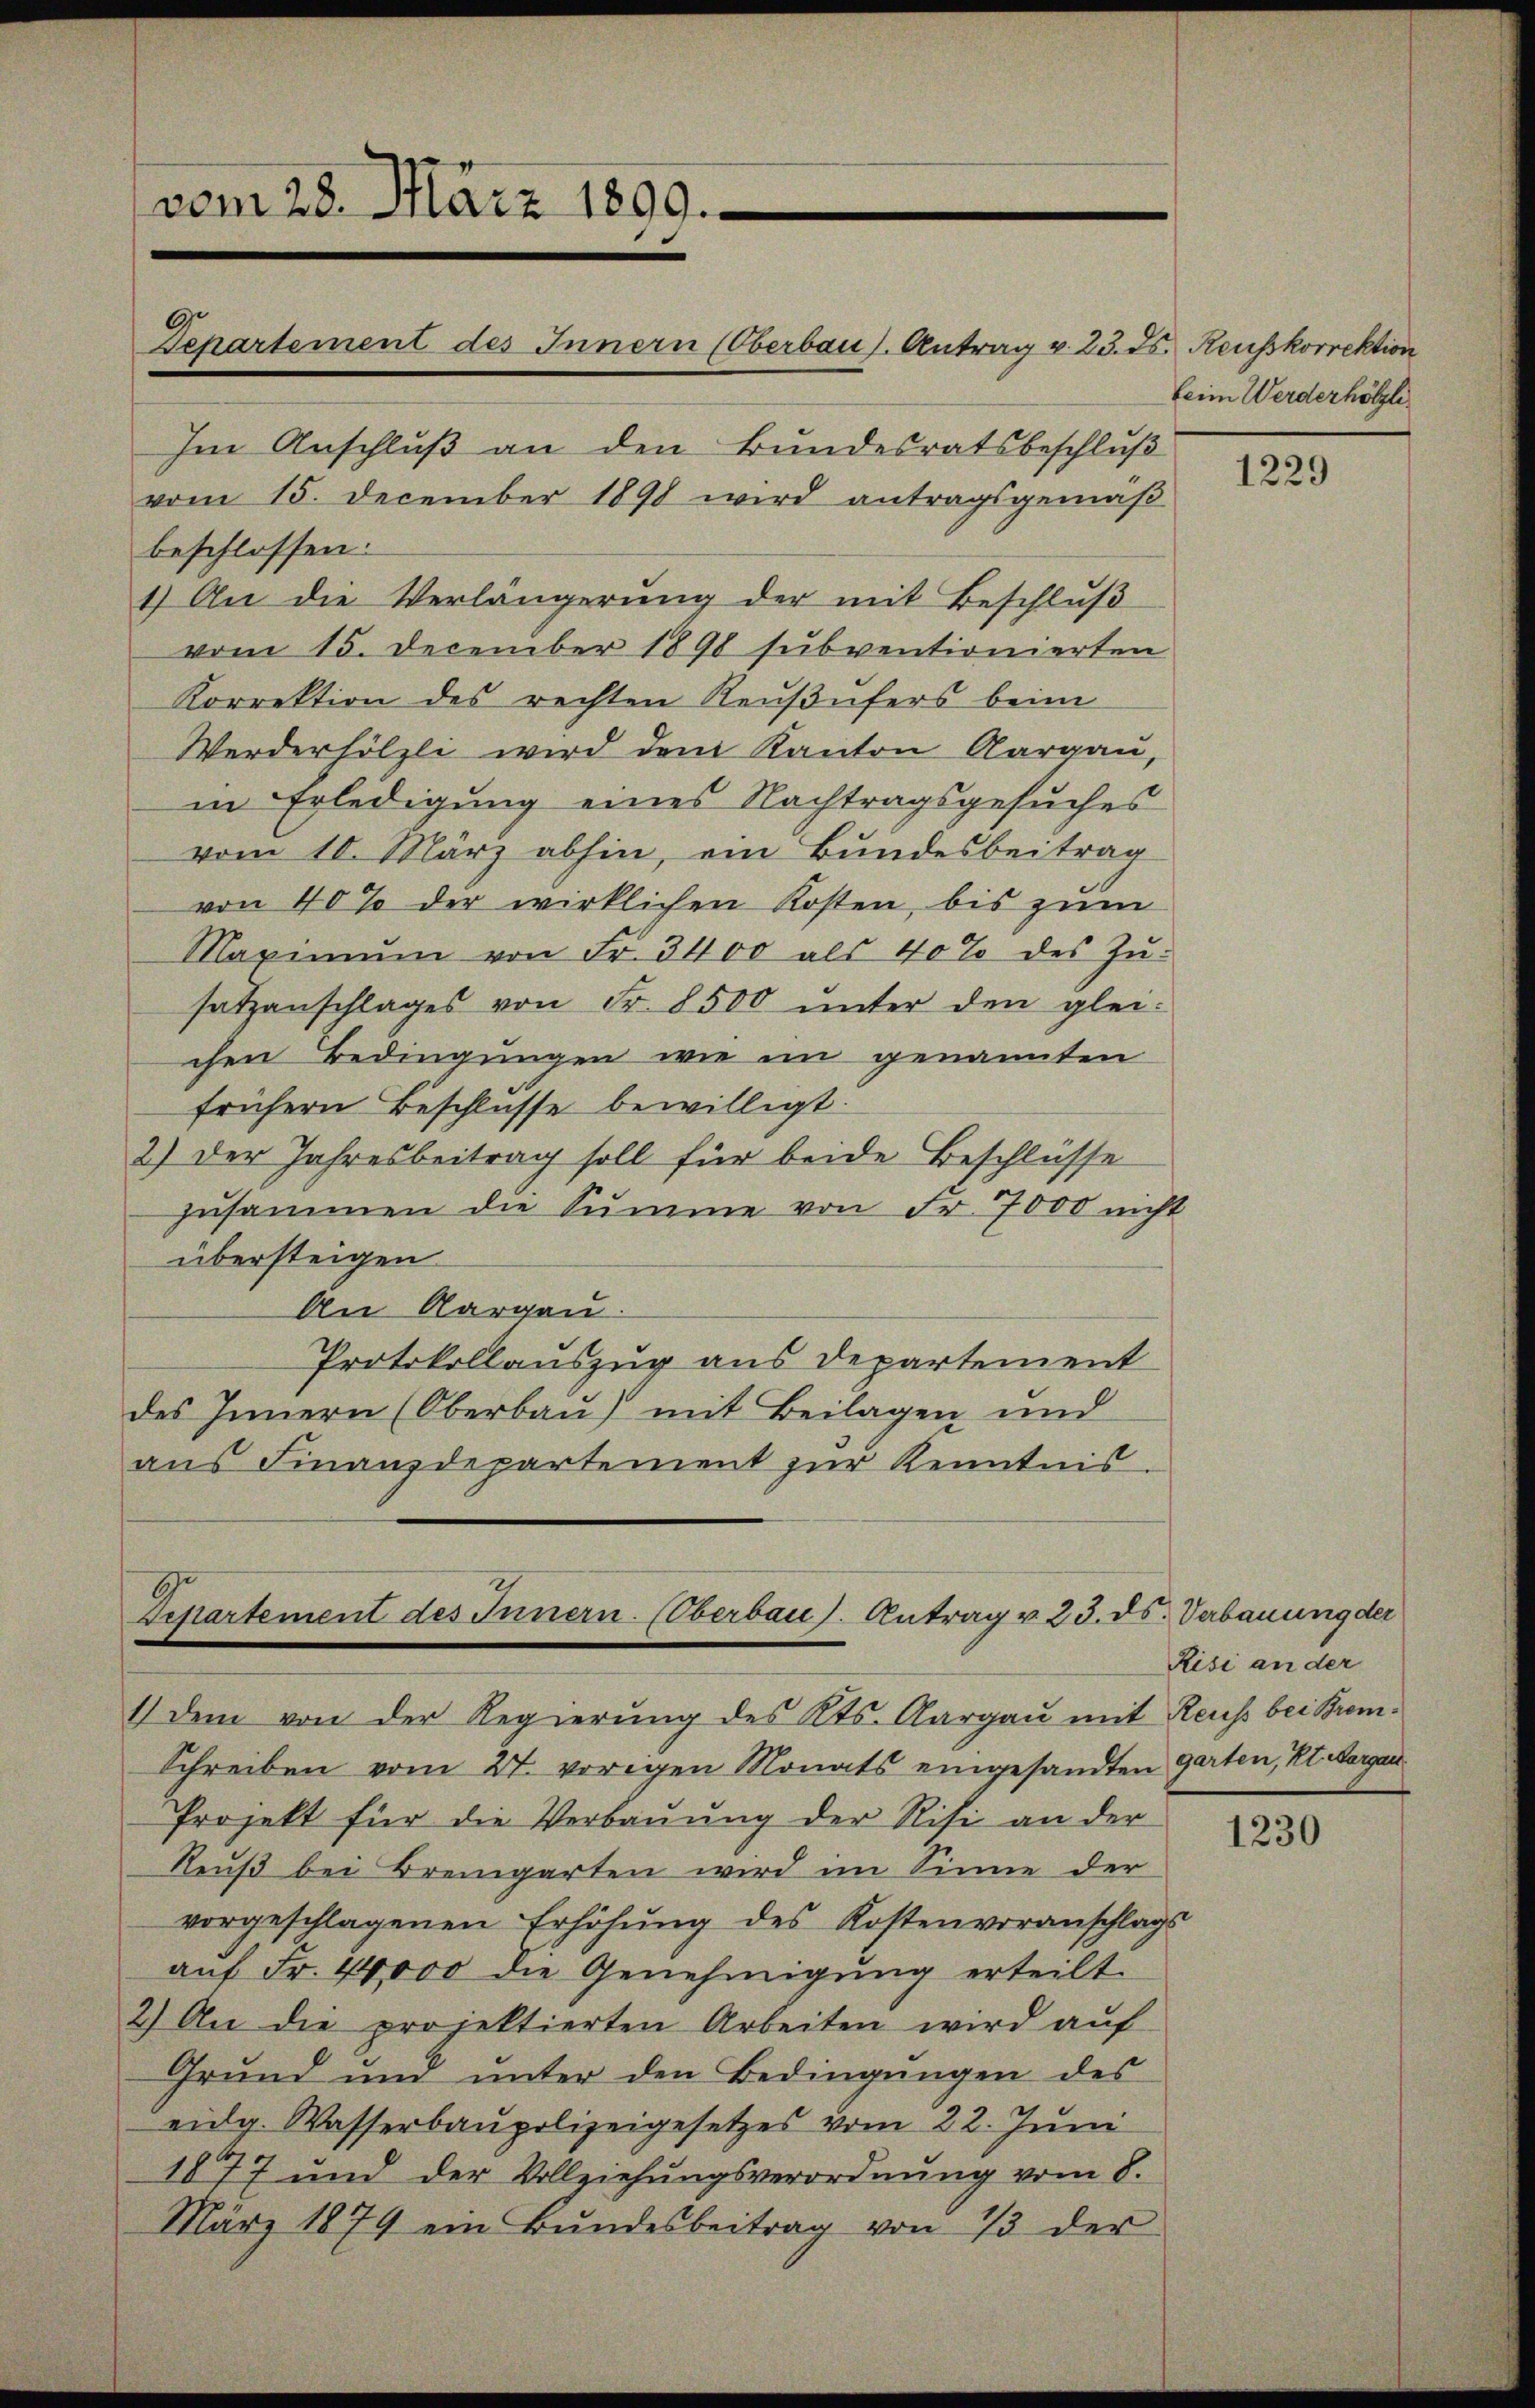
vom 28. März 1899.
Im Anschluß an den Bundesratsbeschluß
vom 15. December 1890 wird antragsgemäβ
beschlossen:
1.) An die Verlängerŭng der mit Beschlŭβ

Departement des Innern (Oberbau s. Antrag v. 23. Js. Heusskorrektion

Departement des Innern. (Oberbau ). Antrag v. 23. ds. Verbauung der
1.) Dem von der Regierung des Kts. Aargau mit Reuss bei Brem¬

Schreiben vom 27. vorigen Monats eingesandten Garten, Kt. Aargar
Projekt für die Verbauung der Risi an der
Reuß bei Bremgarten wird im Sinne der
vorgeschlagenen Erhöhung des Kostenvoranschlags
auf Fr. 44000 die Genehmigung erteilt.
2.) An die projektierten Arbeiten wird aŭf
Grund und unter den Bedingŭngen des
eidg. Wasserbaupolizeigesetzes vom 22. Juni
1877 und der Vollziehungsverordnung vom 8.
März 1879 ein Bŭndesbeitrag von 13 der

vom 15. December 1890 subventionierten
Korrektion des rechten Reußufers beim
Werderhölzli wird dem Kanton Aargau,
in Erledigung eines Nachtragsgesuches
vom 10. März abhin, ein Bundesbeitrag
von 40% der wirklichen Kosten, bis zum
Maximŭm von Fr. 3400 als 40% des Zŭ-
satzanschlages von Fr. 8500 unter den gleichen Bedingungen wie im genannten
frühern Beschlusse bewilligt.
2.) Der Jahresbeitrag soll für beide Beschlüsse
zusammen die Summe von Fr. 7000 nicht
übersteigen.
An Aargau.
Protokollauszug aus Departement
des Innern (Oberbau) mit Beilagen und
aus Finanzdepartement zur Kenntnis.

Leim Werderhölzli

1229

Risi an der

1230